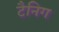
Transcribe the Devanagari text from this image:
टैनिग